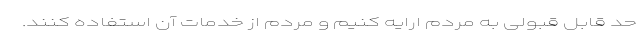
حد قابل قبولی به مردم ارایه کنیم و مردم از خدمات آن استفاده کنند.